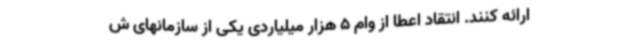
ارائه کنند. انتقاد اعطا از وام 5 هزار میلیاردی یکی از سازمانهای ش